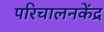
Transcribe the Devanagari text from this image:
परिचालनकेंद्र